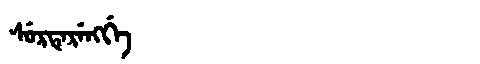
Manchu: ᠰᡠᡵᡨᡝᡵᡝᠩᡤᡝ
Romanization: SURTERENGGE